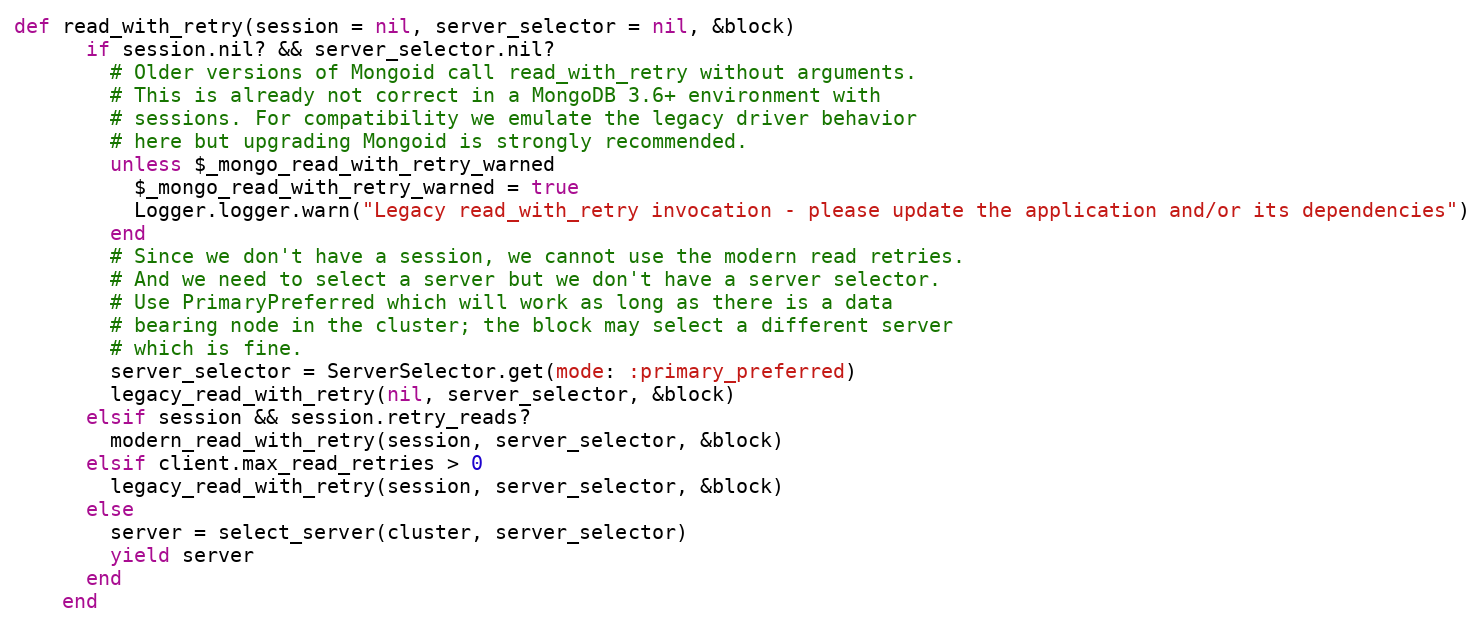
Language: Ruby
def read_with_retry(session = nil, server_selector = nil, &block)
      if session.nil? && server_selector.nil?
        # Older versions of Mongoid call read_with_retry without arguments.
        # This is already not correct in a MongoDB 3.6+ environment with
        # sessions. For compatibility we emulate the legacy driver behavior
        # here but upgrading Mongoid is strongly recommended.
        unless $_mongo_read_with_retry_warned
          $_mongo_read_with_retry_warned = true
          Logger.logger.warn("Legacy read_with_retry invocation - please update the application and/or its dependencies")
        end
        # Since we don't have a session, we cannot use the modern read retries.
        # And we need to select a server but we don't have a server selector.
        # Use PrimaryPreferred which will work as long as there is a data
        # bearing node in the cluster; the block may select a different server
        # which is fine.
        server_selector = ServerSelector.get(mode: :primary_preferred)
        legacy_read_with_retry(nil, server_selector, &block)
      elsif session && session.retry_reads?
        modern_read_with_retry(session, server_selector, &block)
      elsif client.max_read_retries > 0
        legacy_read_with_retry(session, server_selector, &block)
      else
        server = select_server(cluster, server_selector)
        yield server
      end
    end